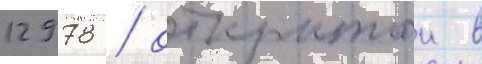
12978 / открытои в